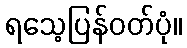
ရသေ့ပြန်ဝတ်ပုံ။